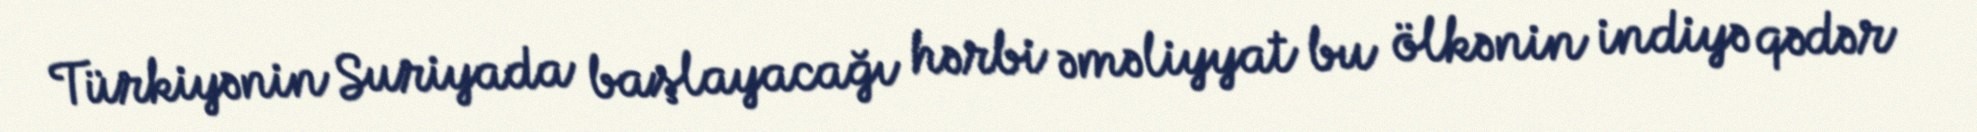
Türkiyənin Suriyada başlayacağı hərbi əməliyyat bu ölkənin indiyə qədər